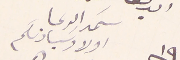
سَمد الدعا اولاد سيادتكم